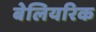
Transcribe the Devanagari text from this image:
बेलियरिक